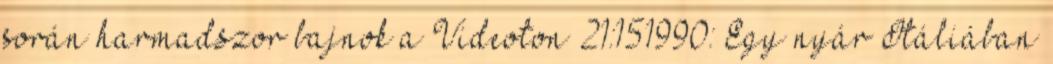
során harmadszor bajnok a Videoton 21:151990: Egy nyár Itáliában